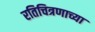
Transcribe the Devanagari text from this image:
रतिचित्रणाच्या